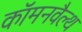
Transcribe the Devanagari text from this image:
कॉमनवैल्‍थ